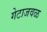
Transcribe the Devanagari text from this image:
गेटाजवळ